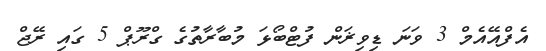
އެފްއޭއެމް 3 ވަނަ ޑިވިޜަން ފުޓްބޯޅަ މުބާރާތުގެ ގްރޫޕް 5 ގައި ރޭޖް